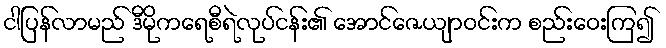
ငါပြန်လာမည် ဒီမိုကရေစီရဲလုပ်ငန်း၏ အောင်ဇေယျာဝင်းက စည်းဝေးကြ၍